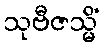
သုဗီဇသ္မိံ